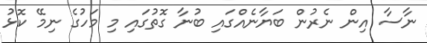
ނާސާ އިން ނެރުން ބަޔާނެއްގައި ބުނާ ގޮތުގައި މި މަހުގެ ނިމޭ ކޮޅު